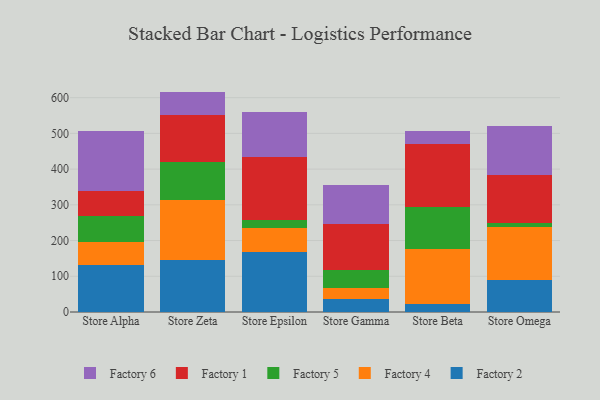
{"axis": {"x": "Store", "y": "Conversion Rate (%)"}, "legend": ["Factory 1", "Factory 2", "Factory 4", "Factory 5", "Factory 6"], "data": [{"x": "Store Alpha", "y": 131.1, "type": "Factory 2"}, {"x": "Store Alpha", "y": 64.5, "type": "Factory 4"}, {"x": "Store Alpha", "y": 72.4, "type": "Factory 5"}, {"x": "Store Alpha", "y": 70.2, "type": "Factory 1"}, {"x": "Store Alpha", "y": 168.8, "type": "Factory 6"}, {"x": "Store Zeta", "y": 145.9, "type": "Factory 2"}, {"x": "Store Zeta", "y": 166.3, "type": "Factory 4"}, {"x": "Store Zeta", "y": 107.2, "type": "Factory 5"}, {"x": "Store Zeta", "y": 131.2, "type": "Factory 1"}, {"x": "Store Zeta", "y": 66.4, "type": "Factory 6"}, {"x": "Store Epsilon", "y": 167.7, "type": "Factory 2"}, {"x": "Store Epsilon", "y": 67.9, "type": "Factory 4"}, {"x": "Store Epsilon", "y": 22.1, "type": "Factory 5"}, {"x": "Store Epsilon", "y": 174.9, "type": "Factory 1"}, {"x": "Store Epsilon", "y": 126.9, "type": "Factory 6"}, {"x": "Store Gamma", "y": 37.6, "type": "Factory 2"}, {"x": "Store Gamma", "y": 30.8, "type": "Factory 4"}, {"x": "Store Gamma", "y": 47.9, "type": "Factory 5"}, {"x": "Store Gamma", "y": 129.0, "type": "Factory 1"}, {"x": "Store Gamma", "y": 109.7, "type": "Factory 6"}, {"x": "Store Beta", "y": 22.7, "type": "Factory 2"}, {"x": "Store Beta", "y": 153.7, "type": "Factory 4"}, {"x": "Store Beta", "y": 116.2, "type": "Factory 5"}, {"x": "Store Beta", "y": 177.7, "type": "Factory 1"}, {"x": "Store Beta", "y": 37.6, "type": "Factory 6"}, {"x": "Store Omega", "y": 90.4, "type": "Factory 2"}, {"x": "Store Omega", "y": 146.2, "type": "Factory 4"}, {"x": "Store Omega", "y": 11.6, "type": "Factory 5"}, {"x": "Store Omega", "y": 136.6, "type": "Factory 1"}, {"x": "Store Omega", "y": 134.7, "type": "Factory 6"}]}